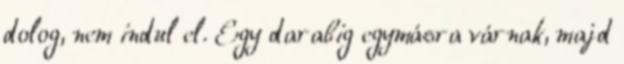
dolog, nem indul el. Egy darabig egymásra várnak, majd